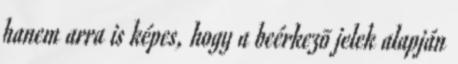
hanem arra is képes, hogy a beérkezõ jelek alapján